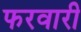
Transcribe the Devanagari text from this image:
फरवारी